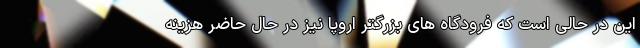
این در حالی است که فرودگاه های بزرگتر اروپا نیز در حال حاضر هزینه